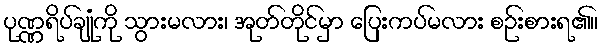
ပုဏ္ဏရိပ်ချုံကို သွားမလား၊ အုတ်တိုင်မှာ ပြေးကပ်မလား စဉ်းစားရ၏။